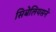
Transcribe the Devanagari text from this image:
सिबेलियसने